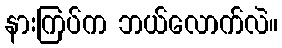
နားကြပ်က ဘယ်လောက်လဲ။